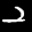
Label: 2